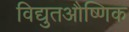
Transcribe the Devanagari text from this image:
विद्युतऔष्णिक